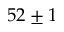
5 2 \pm 1